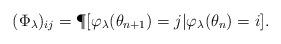
LaTeX: \begin{align*}(\Phi _\lambda)_{ij} = \P[ \varphi_\lambda(\theta_{n+1}) = j | \varphi_\lambda(\theta_n)=i ].\end{align*}